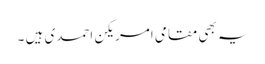
یہ بھی مقامی امریکن احمدی ہیں ۔